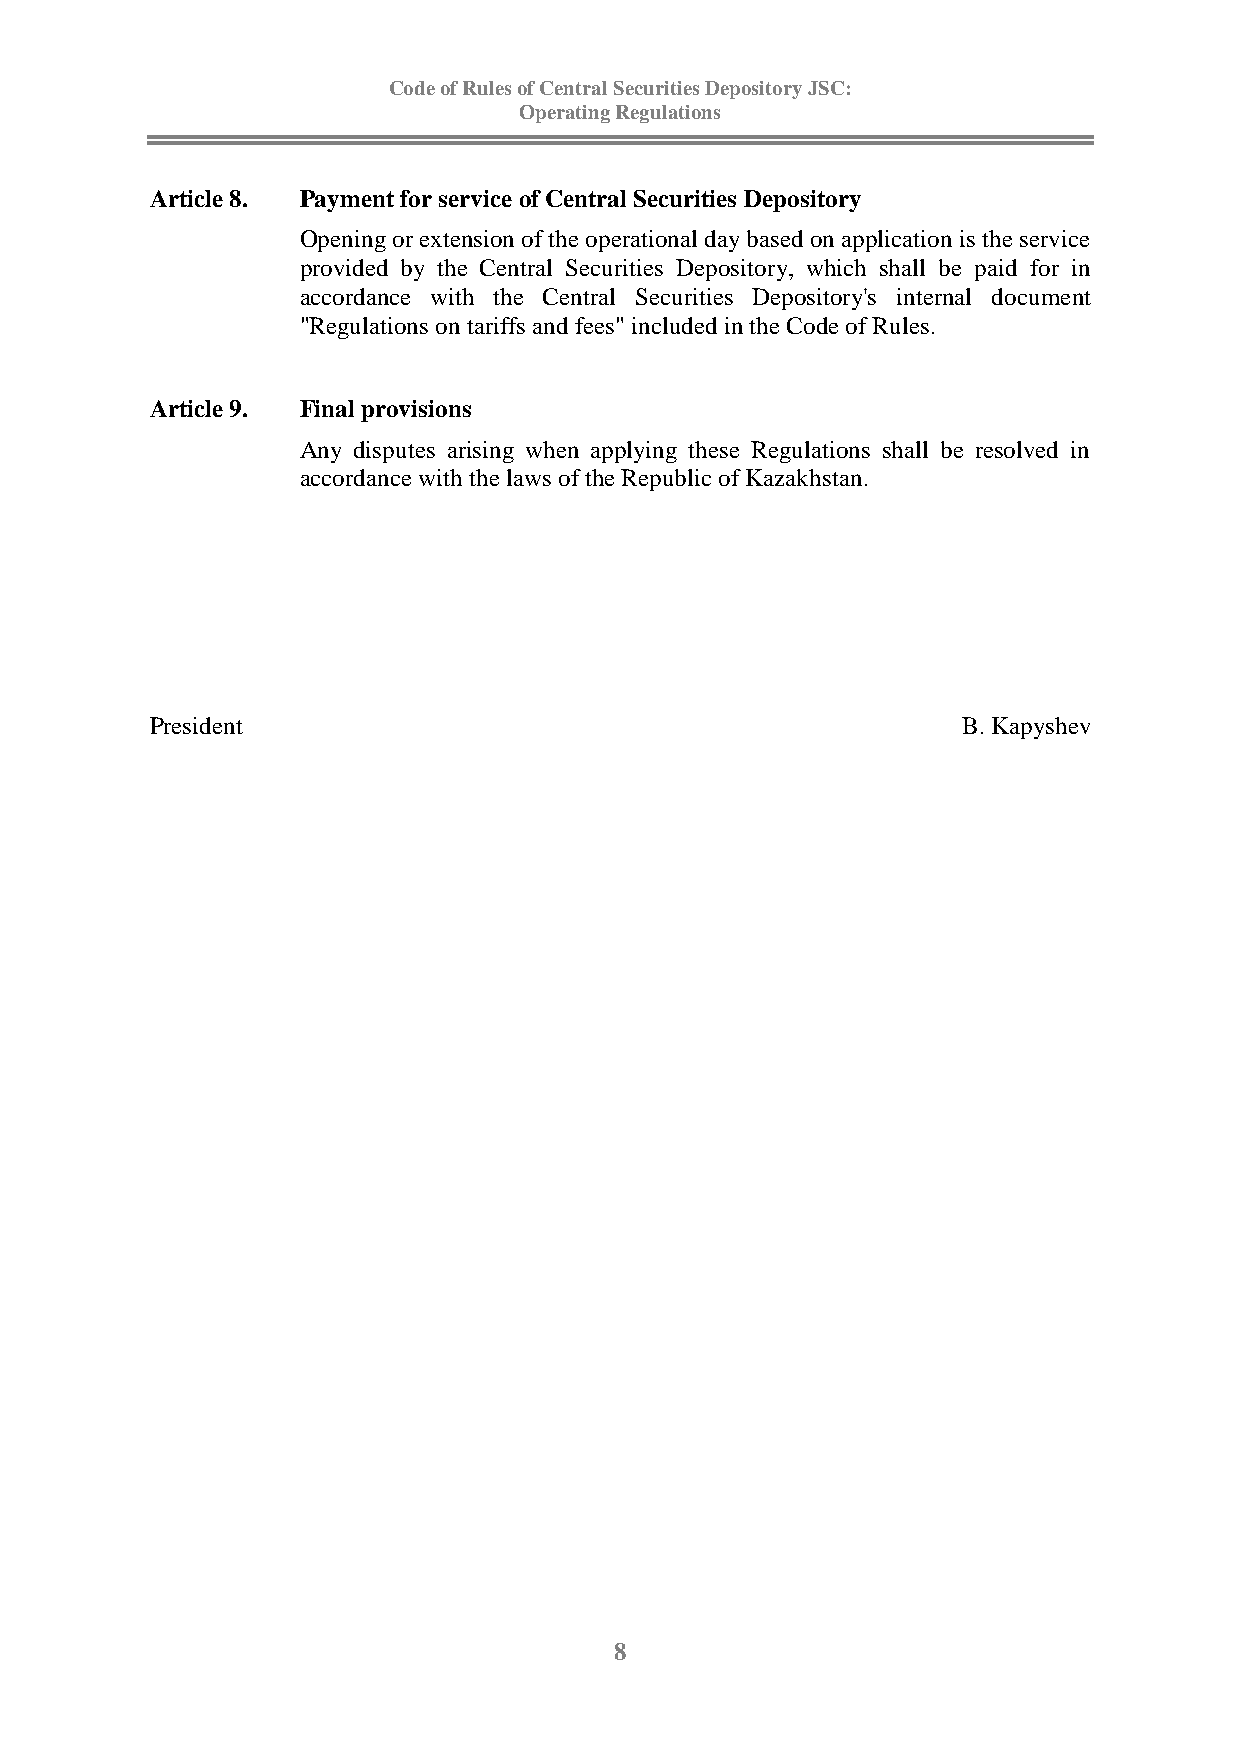
Code of Rules of Central Securities Depository JSC:
 Operating Regulations
 Article 8. Payment for service of Central Securities Depository
 Opening or extension of the operational day based on application is the service
 provided by the Central Securities Depository, which shall be paid for in
 accordance with the Central Securities Depository's internal document
 "Regulations on tariffs and fees" included in the Code of Rules.
 Article 9. Final provisions
 Any disputes arising when applying these Regulations shall be resolved in
 accordance with the laws of the Republic of Kazakhstan.
 President                                             B. Kapyshev
 8